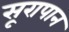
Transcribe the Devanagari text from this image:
सूरापान